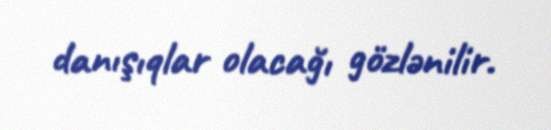
danışıqlar olacağı gözlənilir.